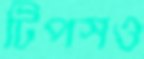
টিপসও